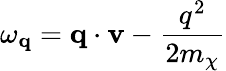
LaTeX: \omega_{\mathbf{q}}=\mathbf{q}\cdot\mathbf{v}-\frac{q^{2}}{2m_{\chi}}